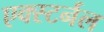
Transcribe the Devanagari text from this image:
एक्स्टर्नल